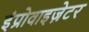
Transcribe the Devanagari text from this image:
इंप्रोवाइज़ेटर